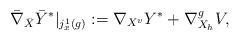
LaTeX: \begin{align*}\bar \nabla_{\bar X} \bar Y^* |_{j^1_x(g)}:= \nabla_{X^v}{Y^*} + \nabla^g_{X_h} V ,\end{align*}